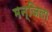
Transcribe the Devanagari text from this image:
मन्जिला